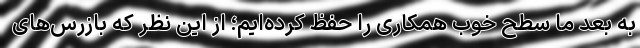
به بعد ما سطح خوب همکاری را حفظ کرده‌ایم؛ از این نظر که بازرس‌های